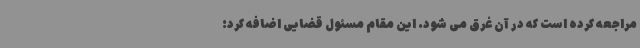
مراجعه کرده است که در آن غرق می شود. این مقام مسئول قضایی اضافه کرد: